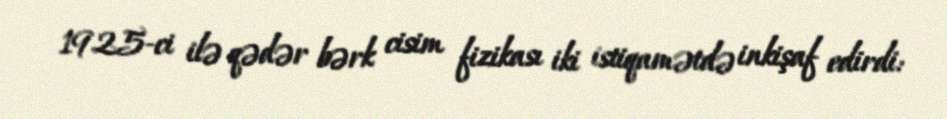
1925-ci ilə qədər bərk cisim fizikası iki istiqamətdə inkişaf edirdi: